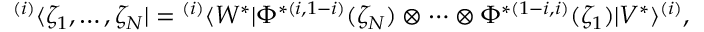
{ } ^ { ( i ) } \langle \zeta _ { 1 } , \ldots , \zeta _ { N } | = { } ^ { ( i ) } \langle W ^ { * } | \Phi ^ { * ( i , 1 - i ) } ( \zeta _ { N } ) \otimes \cdots \otimes \Phi ^ { * ( 1 - i , i ) } ( \zeta _ { 1 } ) | V ^ { * } \rangle ^ { ( i ) } ,